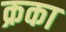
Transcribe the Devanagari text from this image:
क्रका